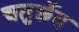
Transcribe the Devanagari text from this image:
चतुर्छेद